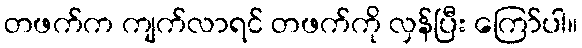
တဖက်က ကျက်လာရင် တဖက်ကို လှန်ပြီး ကြော်ပါ။